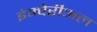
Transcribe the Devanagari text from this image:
इंम्पेरीअल